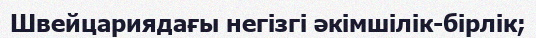
Швейцариядағы негізгі әкімшілік-бірлік;